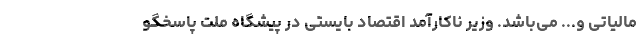
مالیاتی و... می‌باشد. وزیر ناکارآمد اقتصاد بایستی در پیشگاه ملت پاسخگو